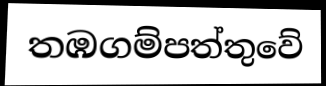
තඹගම්පත්තුවේ